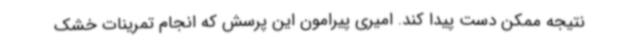
نتیجه ممکن دست پیدا کند. امیری پیرامون این پرسش که انجام تمرینات خشک